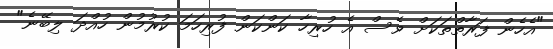
"އެހެން ފަރާތްތަކަށް ވެސް އެ ހުރިހާ ކަންކަން ފުރިހަމަ ކުރުމުން ހުއްދަ ލިބޭނެ"